Report on vaccination in Madras 1922-1929 - 1922-1929
Year: 1922
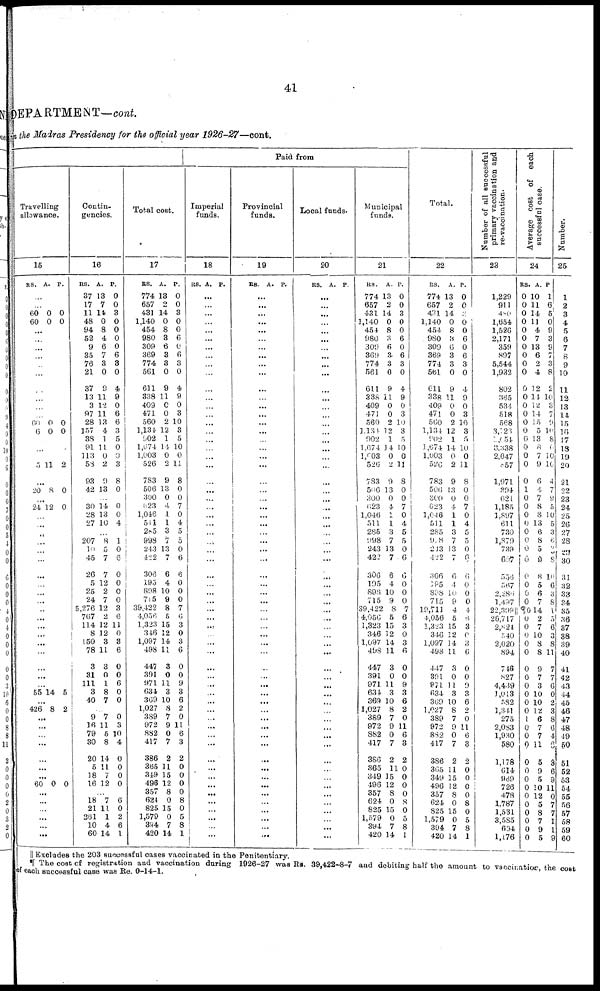
41
DEPARTMENT—cont.
in the Madras Presidency for the official year 1926-27—cont.
Paid from
Travelling
allowance.
15
RS.
A.
P.
...
...
60
60
0
0
0
0
...
...
...
...
...
...
...
...
...
...
60
6
0
0
0
0
...
...
...
5 11 2
...
20 8 0
...
24 12 0
...
...
...
...
...
...
...
...
...
...
...
...
...
...
...
...
...
...
...
55 14 5
...
426 8 2
...
...
...
...
...
...
...
60 0 0
...
...
...
...
...
Contin-
gencies.
16
RS.
37
17
11
48
94
52
9
35
76
21
37
13
3
97
28
157
38
91
113
58
93
42
A.
13
7
14
0
8
4
6
7
3
0
9
11
12
11
13
4
1
11
0
2
9
13
P.
0
0
3
0
0
0
0
6
3
0
4
9
0
6
6
3
5
0
0
3
8
0
...
30
28
27
14
13
10
0
0
4
...
207
10
45
26
5
25
24
5,276
767
114
8
150
78
3
31
111
3
40
8
5
7
7
12
2
7
12
2
12
12
3
11
3
0
1
8
7
1
0
6
0
0
0
0
3
6
11
0
3
6
0
0
6
0
0
...
9
16
79
30
20
5
18
16
7
11
5
8
14
11
7
12
0
3
10
4
0
0
0
0
...
18
21
261
10
60
7
11
1
4
14
6
0
2
6
1
Total cost.
17
RS.
774
657
431
1,140
454
980
309
369
774
561
611
338
409
471
560
1,134
902
1,674
1,003
526
783
506
300
623
1,046
511
205
998
243
422
306
193
898
715
39,422
4,056
1,323
346
1,097
493
447
391
971
634
369
1,027
389
972
882
417
386
365
349
496
357
624
825
1,570
394
420
A.
13
0
14
0
8
3
6
3
3
0
9
11
0
0
2
12
1
14
0
2
9
13
0
4
1
1
3
7
13
7
6
4
10
9
8
5
15
12
14
11
3
0
11
3
10
8
7
9
0
7
2
11
15
12
8
0
15
0
7
14
P.
0
0
3
0
0
6
0
6
3
0
4
9
0
3
10
3
5
10
0
11
8
0
0
7
0
4
5
5
0
6
6
0
0
0
7
6
3
0
3
6
0
0
9
3
6
2
0
11
6
3
2
0
0
0
0
8
0
5
8
1
Imperial
funds.
18
RS. A. P.
...
...
...
...
...
...
...
...
...
...
...
...
...
...
...
...
...
...
...
...
...
...
...
...
...
...
...
...
...
...
...
...
...
...
...
...
...
...
...
...
...
...
...
...
...
...
...
...
...
...
...
...
...
...
...
...
...
...
...
...
Provincial
funds.
19
RS. A. P.
...
...
...
...
...
...
...
...
...
...
...
...
...
...
...
...
...
...
...
...
...
...
...
...
...
...
...
...
...
...
...
...
...
...
...
...
...
...
...
...
...
...
...
...
...
...
...
...
...
...
...
...
...
...
...
...
...
...
...
...
Local funds.
20
RS. A. P.
...
...
...
...
...
...
...
...
...
...
...
...
...
...
...
...
...
...
...
...
...
...
...
...
...
...
...
...
...
...
...
...
...
...
...
...
...
...
...
...
...
...
...
...
...
...
...
...
...
...
...
...
...
...
...
...
...
...
...
...
Municipal
funds.
21
RS.
774
657
431
1,140
454
980
309
369
774
561
611
338
409
471
560
1,134
902
1,674
1,003
526
783
506
300
623
1,046
511
285
998
243
422
306
195
898
715
39,422
4,056
1,323
346
1,097
498
447
391
971
634
369
1,027
389
972
882
417
386
365
349
496
357
624
825
1,579
394
420
A.
13
2
14
0
8
3
6
3
3
0
9
11
0
0
10
12
1
14
0
2
9
13
0
4
1
1
3
7
13
7
6
4
10
9
8
5
15
12
14
11
3
0
11
3
10
8
7
9
0
7
2
11
15
12
8
0
15
0
7
14
P.
0
0
3
0
0
6
0
6
3
0
4
9
0
3
0
3
5
0
0
11
8
0
0
7
0
4
5
5
0
6
0
0
0
0
7
6
3
0
3
6
0
0
9
3
6
2
0
11
6
3
2
0
0
0
0
8
0
5
8
1
Total.
22
RS.
774
657
431
1,140
454
980
309
369
774
561
611
338
409
471
560
1,134
902
1,674
1,003
526
783
506
300
623
1,046
511
285
908
243
422
306
195
808
715
19,711
4,056
1,323
346
1,097
498
447
391
971
634
369
1,027
389
972
882
417
386
365
349
496
357
624
825
1,579
394
420
A.
13
2
14
0
8
3
6
3
3
0
9
11
0
0
2
12
1
14
0
2
9
13
0
4
1
1
3
7
13
7
6
4
10
9
4
5
15
12
14
11
3
0
11
3
10
8
7
9
0
7
2
11
15
12
8
0
15
0
7
14
P.
0
0
3
0
0
6
0
6
3
0
4
9
0
3
10
3
5
10
0
11
8
0
0
7
0
4
5
5
0
6
6
0
0
0
4
6
3
0
3
6
0
0
9
3
6
2
0
11
6
3
2
0
0
0
0
8
0
5
8
1
Number of all successful
primary vaccination and
re-vaccination.
23
1,229
911
480
1,654
1,526
2,171
359
897
5,544
1,932
802
365
534
518
568
3,023
1,054
3,338
2,047
057
1,971
394
621
1,185
1,897
611
730
1,879
739
607
550
567
2,286
1,437
22,309||
26,717
2,824
540
2,020
894
746
827
4,439
1,013
582
1,341
275
2,083
1,930
580
1,178
614
989
726
726
1,787
1,531
3,585
694
1,176
Average cost of each
successful case.
24
RS.
0
0
0
0
0
0
0
0
0
0
0
0
0
0
0
0
0
0
0
0
0
1
0
0
0
0
0
0
0
0
0
0
0
0
¶0
0
0
0
0
0
0
0
0
0
0
0
1
0
0
0
0
0
0
...
0
0
0
0
0
0
A.
10
11
14
11
4
7
13
6
2
4
12
14
12
14
15
5
13
8
7
9
6
4
7
8
8
13
6
8
5
9
8
5
6
7
14
2
7
10
8
8
9
7
3
10
10
12
6
7
7
11
5
0
0
5
12
12
8
7
9
5
P.
1
6
5
0
9
3
9
7
3
8
2
10
3
7
9
10
8
0
10
10
4
7
9
5
10
5
3
6
3
8
10
6
3
8
1
5
6
3
8
11
7
7
6
0
2
3
8
6
4
6
0
8
0
9
11
0
7
1
1
9
Number.
25
1
2
3
4
5
6
7
8
9
10
11
12
13
14
15
16
17
18
19
20
21
22
23
24
25
26
27
28
00
30
31
32
33
34
35
36
37
38
39
40
41
42
43
44
45
46
47
48
49
50
51
51
52
53
54
55
56 57
59
60
|| Excludes the 203 successful cases vaccinated in the Penitentiary.
¶ The cost of registration and vaccination during 1926-27 was Rs. 39,422-8-7 and debiting half the amount to vaccination, the cost
of each successful case was Re. 0-14-1.